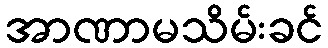
အာဏာမသိမ်းခင်